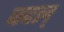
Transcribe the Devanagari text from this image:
बदल्